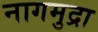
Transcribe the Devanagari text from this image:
नागमुद्रा